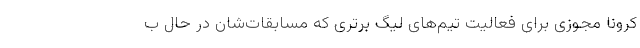
کرونا مجوزی برای فعالیت تیم‌های لیگ برتری که مسابقات‌شان در حال ب